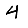
Digit: 4